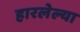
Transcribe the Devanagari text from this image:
हारलेल्या